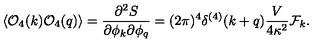
\langle { \cal O } _ { 4 } ( k ) { \cal O } _ { 4 } ( q ) \rangle = { \frac { \partial ^ { 2 } S } { \partial \phi _ { k } \partial \phi _ { q } } } = ( 2 \pi ) ^ { 4 } \delta ^ { ( 4 ) } ( k + q ) { \frac { V } { 4 \kappa ^ { 2 } } } { \cal F } _ { k } .